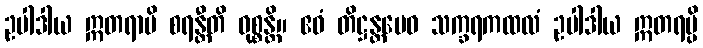
ဥပါဒါယ ဣတရာပိ စရန္တီတိ ဝုစ္စန္တိ။ ဧဝံ တိဋ္ဌန္တမေဝ သက္ခရကထလံ ဥပါဒါယ ဣတရမ္ပိ